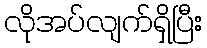
လိုအပ်လျက်ရှိပြီး